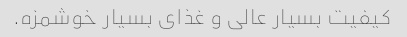
کیفیت بسیار عالی و غذای بسیار خوشمزه.